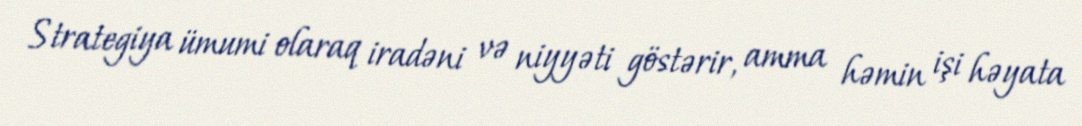
Strategiya ümumi olaraq iradəni və niyyəti göstərir, amma həmin işi həyata